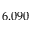
6 . 0 9 0